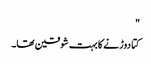
"
کتا دوڑنے کا بہت شوقین تھا۔